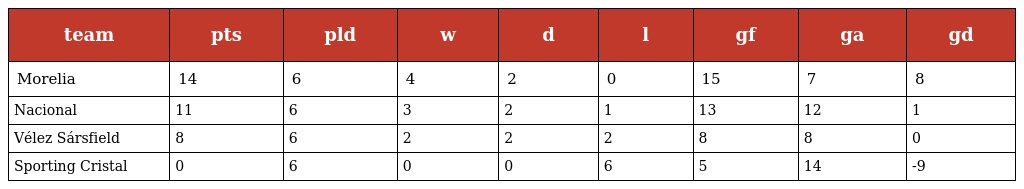
| team | pts | pld | w | d | l | gf | ga | gd |
 | --- | --- | --- | --- | --- | --- | --- | --- | --- |
 | Morelia | 14 | 6 | 4 | 2 | 0 | 15 | 7 | 8 |
 | Nacional | 11 | 6 | 3 | 2 | 1 | 13 | 12 | 1 |
 | Vélez Sársfield | 8 | 6 | 2 | 2 | 2 | 8 | 8 | 0 |
 | Sporting Cristal | 0 | 6 | 0 | 0 | 6 | 5 | 14 | -9 |